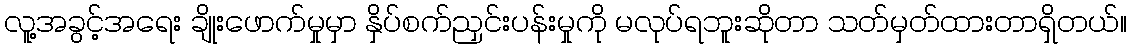
လူ့အခွင့်အရေး ချိုးဖောက်မှုမှာ နှိပ်စက်ညှင်းပန်းမှုကို မလုပ်ရဘူးဆိုတာ သတ်မှတ်ထားတာရှိတယ်။